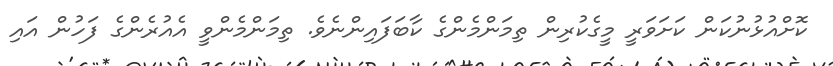
ކޮށްއުޅުނުކަން ކަށަވަރީ މީގެކުރިން ތިމަންމެންގެ ކާބަފައިންނެވެ. ތިމަންމެންވީ އެއުރެންގެ ފަހުން އައި